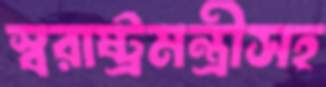
স্বরাষ্ট্রমন্ত্রীসহ